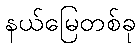
နယ်မြေတစ်ခု